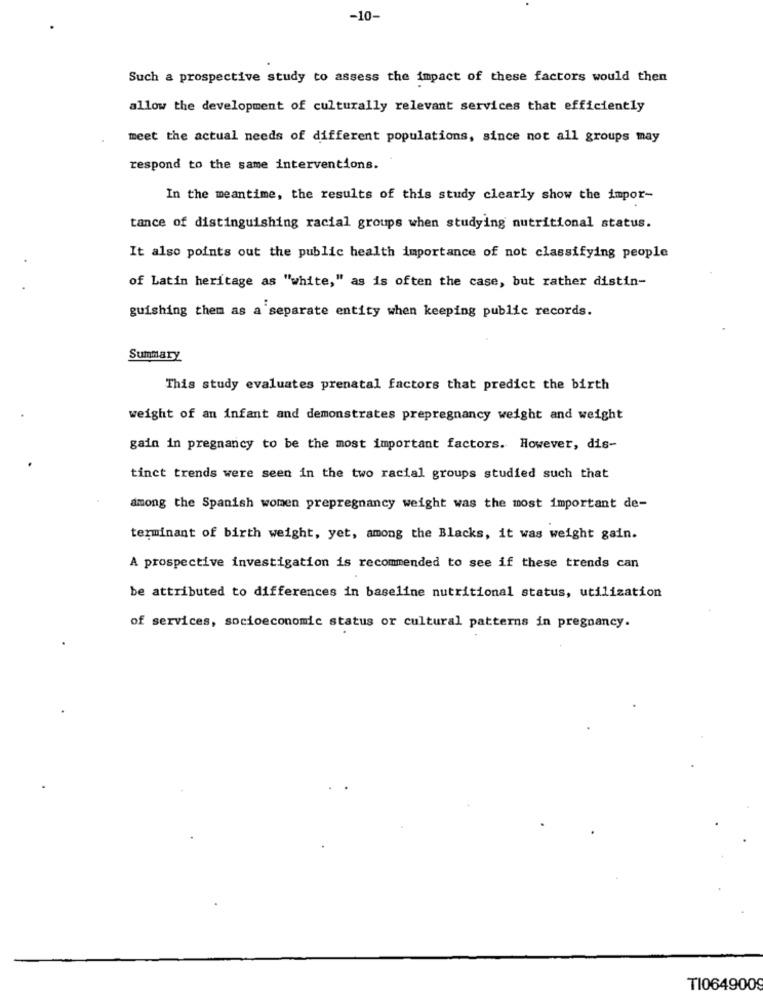
-10-
Such a prospective study to assess the impact of these factors would then
allow the development of culturally relevant services that efficiently
meet the actual needs of different populations, since not all groups may
respond to the same interventions.
In the meantime, the results of this study clearly show the impor-
tance of distinguishing racial groups when studying nutritional status.
It also points out the public health importance of not classifying people
of Latin heritage as "white," as is often the case, but rather distin-
guishing them as a separate entity when keeping public records.
Summary
This study evaluates prenatal factors that predict the birth
weight of an infant and demonstrates prepregnancy weight and weight
gain in pregnancy to be the most important factors. However, dis-
tinct trends were seen in the two racial groups studied such that
among the Spanish women prepregnancy weight was the most important de-
terminant of birth weight, yet, among the Blacks, it was weight gain.
A prospective investigation is recommended to see if these trends can
be attributed to differences in baseline nutritional status, utilization
of services, socioeconomic status or cultural patterns in pregnancy.
TI0649009